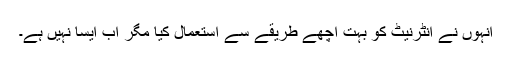
انہوں نے انٹرنیٹ کو بہت اچھے طریقے سے استعمال کیا مگر اب ایسا نہیں ہے۔